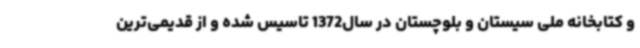
و کتابخانه ملی سیستان و بلوچستان در سال1372 تاسیس شده و از قدیمی‌ترین